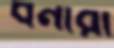
ধনীরা